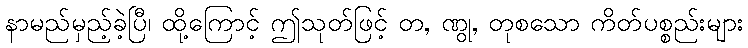
နာမည်မှည့်ခဲ့ပြီ၊ ထို့ကြောင့် ဤသုတ်ဖြင့် တ, ဏွု, တုစသော ကိတ်ပစ္စည်းများ